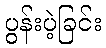
ပွန်းပဲ့ခြင်း